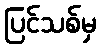
ပြင်သစ်မှ